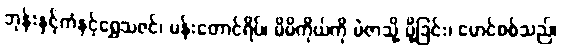
ဘုန်းနှင့်ကံနှင့်ရွှေသဇင်၊ မန်းတောင်ရိပ်၊ မိမိကိုယ်ကို မဲဇာသို့ ပို့ခြင်း၊ မောင်စစ်သည်၊